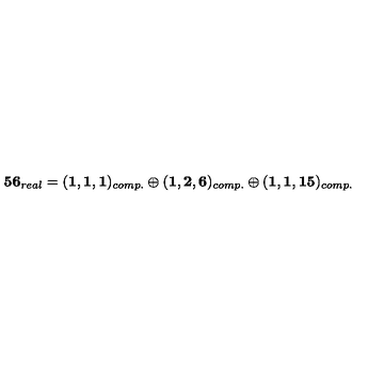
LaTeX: { \bf 5 6 } _ { r e a l } = ( { \bf 1 , 1 , 1 } ) _ { c o m p . } \oplus ( { \bf 1 , 2 , 6 } ) _ { c o m p . } \oplus ( { \bf 1 , 1 , 1 5 } ) _ { c o m p . }